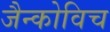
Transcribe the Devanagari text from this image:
जैन्कोविच